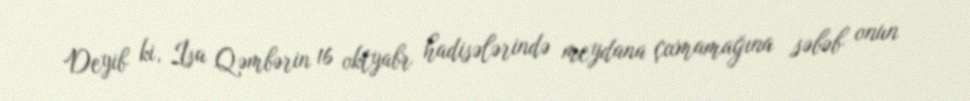
Deyib ki, İsa Qəmbərin 16 oktyabr hadisələrində meydana çıxmamağına səbəb onun